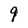
Character: 9